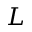
L